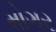
મોગર